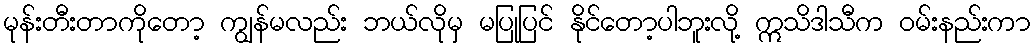
မုန်းတီးတာကိုတော့ ကျွန်မလည်း ဘယ်လိုမှ မပြုပြင် နိုင်တော့ပါဘူးလို့ ဣသိဒါသီက ဝမ်းနည်းကာ